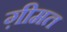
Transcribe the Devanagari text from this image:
ग़ीमत